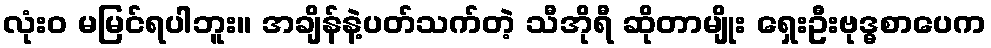
လုံးဝ မမြင်ရပါဘူး။ အချိန်နဲ့ပတ်သက်တဲ့ သီအိုရီ ဆိုတာမျိုး ရှေးဦးဗုဒ္ဓစာပေက